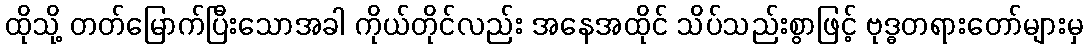
ထိုသို့ တတ်မြောက်ပြီးသောအခါ ကိုယ်တိုင်လည်း အနေအထိုင် သိပ်သည်းစွာဖြင့် ဗုဒ္ဓတရားတော်များမှ